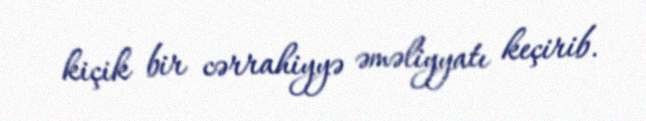
kiçik bir cərrahiyyə əməliyyatı keçirib.